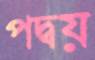
পদ্বয়